Insane asylums in Bengal annual reports 1867-1875 - 1867-1875
Year: 1867
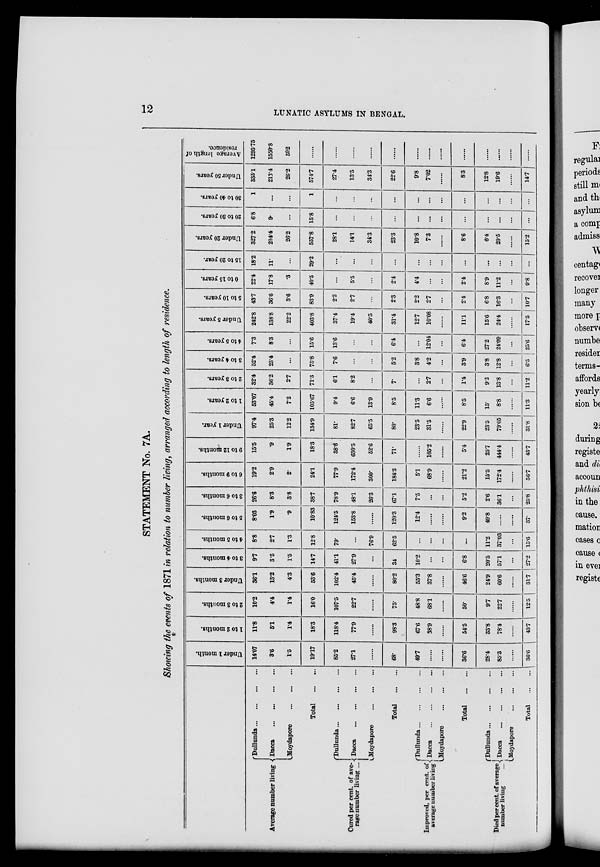
12
LUNATIC ASYLUMS IN BENGAL.
STATEMENT No. 7A.
Showing the events of 1871 in relation to number living, arranged according to length of residence.
Average number living
Dullunda
...
...
...
...
Dacca
...
...
...
...
Moydapore
...
...
...
Total
...
...
Cured per cent. of ave-
rage number living ...
Dullunda
...
...
...
...
Dacca
...
...
...
...
Moydapore ... ... ... ...
Total
...
...
Improved, per cent. of
average number living
Dullunda...
...
...
...
Dacca
...
...
...
...
Moydapore ... ... ... ...
Total
...
...
Died per cent. of average
number living
...
Dullunda...
...
...
...
Dacca
...
...
...
...
Moydapore ... ... ... ...
Total
Under 1 month.
14.07
3.6
1.5
19.17
85.2
27.1
......
68.
49.7
......
......
36.6
28.4
85.3
......
36.6
1 to 2 months.
11.8
5.1
1.4
18.3
118.4
77.9
......
98.3
67.6
38.9
......
54.5
33.8
78.4
......
43.7
2 to 3 months.
10.2
4.4
1.4
16.0
107.5
22.7
......
75.
48.8
68.1
......
50.
9.7
22.7
......
12.5
Under 3 months.
36.1
13.2
4.3
53.6
102.4
45.4
......
80.2
55.3
37.8
......
46.6
24.9
60.6
......
31.7
3 to 4 months.
9.7
3.5
1.5
14.7
41.1
27.9
...
34
10.2
...
...
6.8
20.5
57.1
...
27.2
4 to 5 months.
8.8
2.7
1.3
12.8
79.
...
76.9
62.5
...
...
...
...
11.2
37.03
...
15.6
5 to 6 months.
8.03
1.9
.9
10.83
124.5
153.8
......
120.3
12.4
......
......
9.2
49.8
......
......
37.
3 to 6 months.
26.6
8.3
3.8
38.7
78.9
48.1
26.3
67.1
7.5
...
...
5.2
2.6
36.1
...
25.8
6 to 9 months.
19.2
2.9
2.
24.1
77.9
172.4
300.
184.3
5.1
68.9
......
21.2
15.5
172.4
.....
56.7
9 to 12 months.
15.5
.9
1.9
18.3
38.6
630.5
52.6
71.
......
105.2
......
5.4
25.7
444.4
......
43.7
Under 1 year.
97.4
25.3
12.2
134.9
81.
82.7
65.5
80.
23.5
31.5
......
22.9
23.5
79.05
......
31.8
1 to 2 years.
53.07
45.4
7.2
105.67
9.4
6.6
13.9
8.5
11.3
6.6
......
8.5
15.
8.8
......
11.3
2 to 3 years.
32.4
36.2
2.7
71.3
6.1
8.2
...
7.
...
2.7
...
1.4
9.2
13.8
...
11.2
3 to 4 years.
52.4
23.4
...
75.8
7.6
...
...
5.2
3.8
4.2
...
3.9
3.8
12.8
...
6.5
4 to 5 years.
7.3
8.3
...
15.6
13.6
...
...
6.4
...
12.04
...
6.4
27.2
24.09
...
25.6
Under 5 years.
242.8
138.8
22.2
403.8
37.4
19.4
40.5
31.4
12.7
10.08
......
11.1
15.6
24.4
......
17.5
5 to 10 years.
43.7
36.6
3.6
83.9
2.2
2.7
...
2.3
2.2
2.7
...
2.4
6.8
16.3
...
10.7
0 to 15 years.
22.4
17.8
.3
40.5
...
5.5
...
2.4
4.4
...
...
2.4
8.9
11.2
...
9.8
15 to 20 year.
18.2
11.
...
29.2
...
...
...
...
...
...
...
...
...
...
...
...
Under 20 years.
327.2
204.4
26.2
557.8
28.1
14.1
34.3
23.3
10.8
7.3
...
8.6
6.4
20.5
......
15.2
20 to 30 years.
6.8
9.
...
15.8
...
...
...
...
...
...
...
...
...
...
...
...
30 to 40 years.
1
...
...
1
...
...
...
...
...
...
...
...
...
...
...
...
Under 50 years.
335.1
213.4
26.2
574.7
27.4
13.5
34.3
22.6
9.8
7.02
......
8.3
12.8
19.6
......
14.7
Average length of
residence.
1295.75
1550.8
592
......
......
......
......
......
......
......
......
......
......
......
......
......